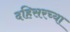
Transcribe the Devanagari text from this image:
दहिसरच्या